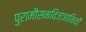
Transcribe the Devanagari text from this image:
पुरामौसमविज्ञानियों